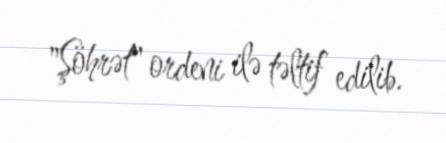
"Şöhrət" ordeni ilə təltif edilib.